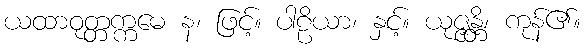
ယထာဝုတ္တက္ကမေ န၊ ဖြင့်။ ပါဠိယာ၊ နှင့်။ ယုဇ္ဇန္တိ၊ ကုန်၏။